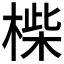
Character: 𣖧